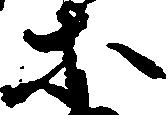
等